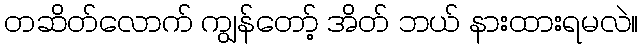
တဆိတ်လောက် ကျွန်တော့် အိတ် ဘယ် နားထားရမလဲ။